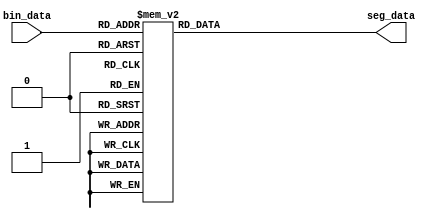
`timescale 1ns / 1ps
//////////////////////////////////////////////////////////////////////////////////
//                                                                              //
//                                                                              //
//          msq@qq.com                                                          //
//          ALINX(shanghai) Technology Co.,Ltd                                  //
//          heijin                                                              //
//     WEB: http://www.alinx.cn/                                                //
//     BBS: http://www.heijin.org/                                              //
//                                                                              //
//////////////////////////////////////////////////////////////////////////////////
//                                                                              //
// Copyright (c) 2017,ALINX(shanghai) Technology Co.,Ltd                        //
//                    All rights reserved                                       //
//                                                                              //
// This source file may be used and distributed without restriction provided    //
// that this copyright statement is not removed from the file and that any      //
// derivative work contains the original copyright notice and the associated    //
// disclaimer.                                                                  //
//                                                                              //
//////////////////////////////////////////////////////////////////////////////////

//==========================================================================
//  Revision History:
//  Date          By            Revision    Change Description
//--------------------------------------------------------------------------
//  2017/6/19     meisq         1.0         Original
//*************************************************************************/
module seg_decoder
(
	input[3:0]      bin_data,     // bin data input
	output reg[6:0] seg_data      // seven segments LED output
);

always@(*)
begin
	case(bin_data)
		4'd0:seg_data <= 7'b100_0000;
		4'd1:seg_data <= 7'b111_1001;
		4'd2:seg_data <= 7'b010_0100;
		4'd3:seg_data <= 7'b011_0000;
		4'd4:seg_data <= 7'b001_1001;
		4'd5:seg_data <= 7'b001_0010;
		4'd6:seg_data <= 7'b000_0010;
		4'd7:seg_data <= 7'b111_1000;
		4'd8:seg_data <= 7'b000_0000;
		4'd9:seg_data <= 7'b001_0000;
		4'ha:seg_data <= 7'b000_1000;
		4'hb:seg_data <= 7'b000_0011;
		4'hc:seg_data <= 7'b100_0110;
		4'hd:seg_data <= 7'b010_0001;
		4'he:seg_data <= 7'b000_0110;
		4'hf:seg_data <= 7'b000_1110;
		default:seg_data <= 7'b111_1111;
	endcase
end
endmodule